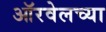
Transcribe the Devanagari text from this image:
ऑरवेलच्या